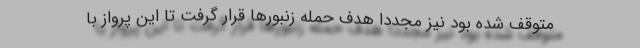
متوقف شده بود نیز مجدداً هدف حمله زنبورها قرار گرفت تا این پرواز با